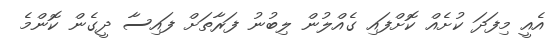
އެއީ މިފަދަ ކުށެއް ކޮށްފައި ގެއްލުން ލިބުނު ފަރާތަށް ފައިސާ ދީގެން ކޮންމެ